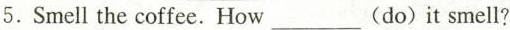
5.Smell the coffee.How___ (do) it smell?